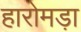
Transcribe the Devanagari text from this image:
हारोमड़ा